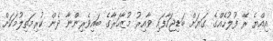
އިއްޔެ ރޭ ފުލުހެއްގެ ގަޔަށް ބަޑިޖަހާފައި ވާއިރު މުޒާހަރާގެ ބައިވެރިންނާ ދެން ކުރިމަތިލުމަކަށް